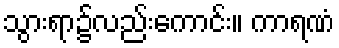
သွားရာ၌လည်းကောင်း။ ကာရဏံ